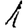
Digit: 1